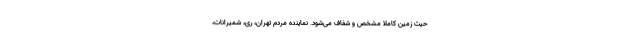
حیث زمین کاملا مشخص و شفاف می‌شود. نماینده مردم تهران، ری، شمیرانات،